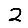
Digit: 2